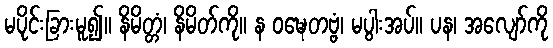
မပိုင်းခြားမူ၍။ နိမိတ္တံ၊ နိမိတ်ကို။ န ဝဍ္ဎေတဗ္ဗံ၊ မပွါးအပ်။ ပန၊ အလျော်ကို